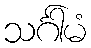
သင်္ဂါမံ